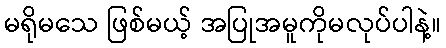
မရိုမသေ ဖြစ်မယ့် အပြုအမူကိုမလုပ်ပါနဲ့။